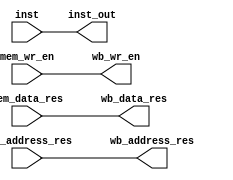
module WB(
		input mem_wr_en,
		input [2:0] mem_address_res,
		input [15:0] inst, mem_data_res,
		output wb_wr_en,
		output [2:0] wb_address_res, 
		output [15:0] inst_out, wb_data_res);

		assign wb_data_res = mem_data_res;
		assign wb_wr_en = mem_wr_en;
		assign wb_address_res = mem_address_res;
		assign inst_out = inst;
		
endmodule